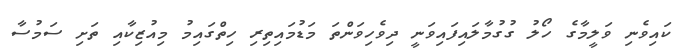
ކައިވެނި ވަލީމާގެ ހޯލު ގުގުމާލައިފައިވަނީ ދިވެހިވަންތަ މަޑުމައިތިރި ހިތްގައިމު މިއުޒިކާއި ތަށި ސަމުސާ